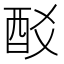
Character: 𨟿